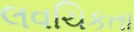
લવચિકતા